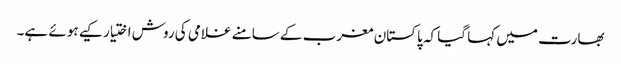
بھارت میں کہا گیا کہ پاکستان مغرب کے سامنے غلامی کی روش اختیار کیے ہوئے ہے۔